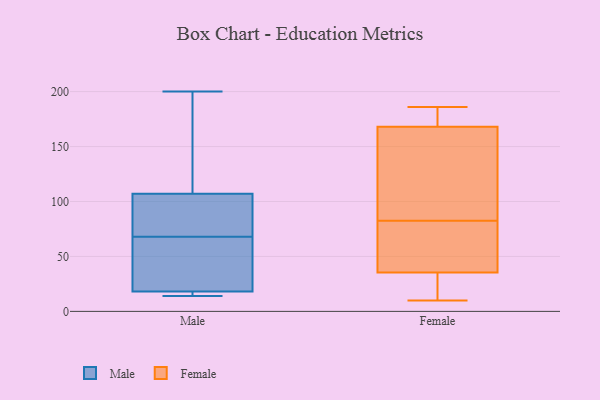
{"axis": {"x": "Headcount", "y": "Value"}, "legend": ["Female", "Male"], "data": [{"x": "", "y": 84, "type": "Male"}, {"x": "", "y": 107, "type": "Male"}, {"x": "", "y": 200, "type": "Male"}, {"x": "", "y": 26, "type": "Male"}, {"x": "", "y": 145, "type": "Male"}, {"x": "", "y": 14, "type": "Male"}, {"x": "", "y": 95, "type": "Male"}, {"x": "", "y": 18, "type": "Male"}, {"x": "", "y": 52, "type": "Male"}, {"x": "", "y": 14, "type": "Male"}, {"x": "", "y": 163, "type": "Female"}, {"x": "", "y": 88, "type": "Female"}, {"x": "", "y": 10, "type": "Female"}, {"x": "", "y": 105, "type": "Female"}, {"x": "", "y": 15, "type": "Female"}, {"x": "", "y": 66, "type": "Female"}, {"x": "", "y": 77, "type": "Female"}, {"x": "", "y": 44, "type": "Female"}, {"x": "", "y": 173, "type": "Female"}, {"x": "", "y": 186, "type": "Female"}, {"x": "", "y": 180, "type": "Female"}, {"x": "", "y": 27, "type": "Female"}]}